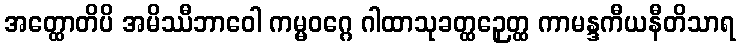
အတ္ထောတိပိ အမိဿီဘာဝေါ ကမ္မဝဂ္ဂေ ဂါထာသုခတ္ထဉှေတ္ထ ကာမန္ဒကီယနီတိသာရ